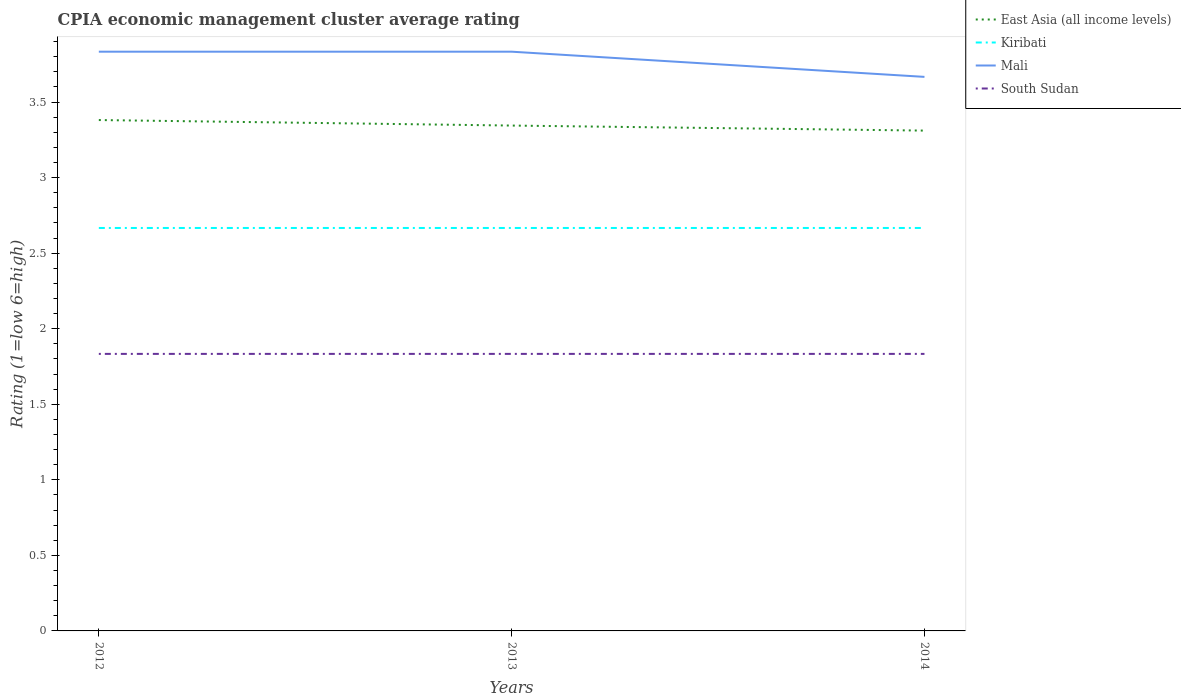
| Years | East Asia (all income levels) | Kiribati | Mali | South Sudan |
 | --- | --- | --- | --- | --- |
 | 2012 | 3.38 | 2.67 | 3.83 | 1.83 |
 | 2013 | 3.34 | 2.67 | 3.83 | 1.83 |
 | 2014 | 3.31 | 2.67 | 3.67 | 1.83 |